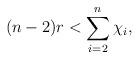
LaTeX: \begin{align*} (n-2)r < \sum\limits_{i=2}^n \chi_i, \end{align*}